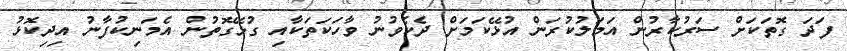
ފަދަ ގޮތަކަށް ސަރުކާރުން އަމަލުކުރަން އުޅޭކަމަށް ދެކެވުނު ވާހަކަތަކާއި ގުޅޭގޮތުން އެމަނިކުފާނު އިދިކޮޅު